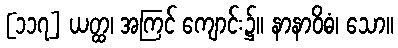
[၁၁၇] ယတ္ထ၊ အကြင် ကျောင်း၌။ နာနာဝိဓံ၊ သော။